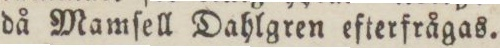
då Mamſell Dahlgren efterfrågas.